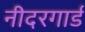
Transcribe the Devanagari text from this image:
नीदरगार्ड